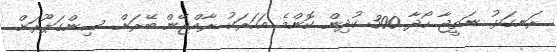
ރަނގަޅު ނަތީޖާ ހޯދާ 300 ކުދިން ކޮންމެ އަހަރަކު ރާއްޖޭން ބޭރަށް ސިންގަޕޫރަށް